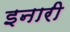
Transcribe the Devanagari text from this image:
इनारी